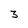
Character: 3